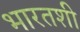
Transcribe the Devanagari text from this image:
भारतशी